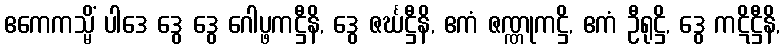
ဧကေကသ္မိံ ပါဒေ ဒွေ ဒွေ ဂေါပ္ဖကဋ္ဌီနိ, ဒွေ ဇင်္ဃဋ္ဌီနိ, ဧကံ ဇဏ္ဏုကဋ္ဌိ, ဧကံ ဦရုဋ္ဌိ, ဒွေ ကဋိဋ္ဌီနိ,